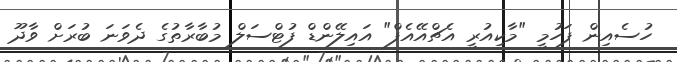
ހުސެއިން ފަހުމީ "މާކިއުރީ އެޗްއޭއެފް" އައިލޭންޑް ފުޓްސަލް މުބާރާތުގެ ދެވަނަ ބުރަށް ވާދޫ